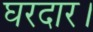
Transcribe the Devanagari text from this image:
घरदार।